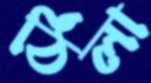
ঠিলা